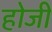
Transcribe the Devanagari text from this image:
होजी